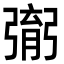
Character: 㣃